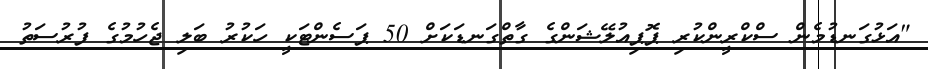
"އަޅުގަނޑުމެން ސްކްރީންކުރި ޕޮޕިއުލޭޝަންގެ ގާތްގަނޑަކަށް 50 ޕަސެންޓަކީ ހަކުރު ބަލި ޖެހުމުގެ ފުރުސަތު